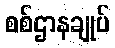
စစ်ဌာနချုပ်